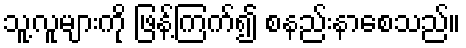
သူ့လူများကို ဖြန့်ကြက်၍ စနည်းနာစေသည်။